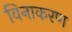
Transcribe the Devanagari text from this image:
विनाकरण